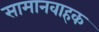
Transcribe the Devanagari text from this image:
सामानवाहक